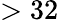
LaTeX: >32